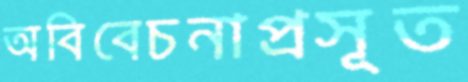
অবিবেচনাপ্রসূত